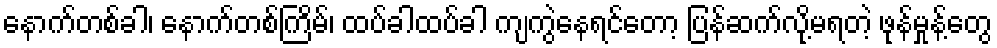
နောက်တစ်ခါ၊ နောက်တစ်ကြိမ်၊ ထပ်ခါထပ်ခါ ကျကွဲနေရင်တော့ ပြန်ဆက်လို့မရတဲ့ ဖုန်မှုန့်တွေ